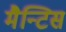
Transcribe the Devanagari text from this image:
मैन्टिस